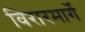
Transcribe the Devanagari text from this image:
विरारमार्गे